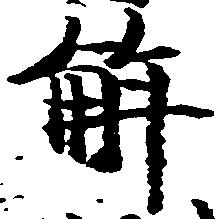
解